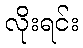
လိုးရင်း